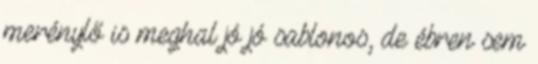
merénylő is meghal jó jó sablonos, de ébren sem